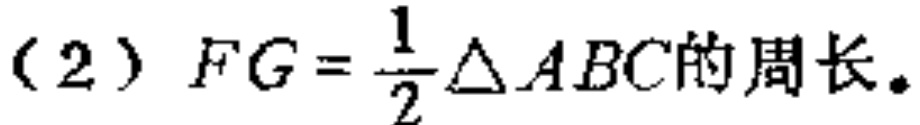
（2）$FG = \frac{1}{2}\triangle ABC的周长。$